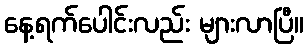
နေ့ရက်ပေါင်းလည်း များလာပြီ။